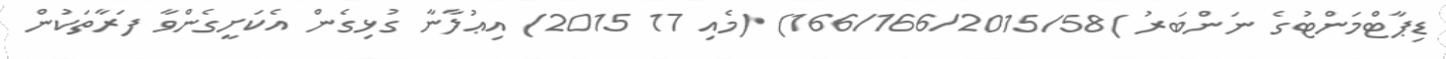
ޑިޕާޓްމަންޓުގެ ނަންބަރު )166/166/2015/58) (މެއި 17 2015) އިޢުލާނާ ގުޅިގެން އެކަށީގެންވާ ފަރާތަކުން